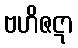
ဗဟိဇဋာ